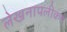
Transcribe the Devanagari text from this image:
लेखनापलीकडे